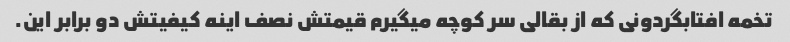
تخمه افتابگردونی که از بقالی سر کوچه میگیرم قیمتش نصف اینه کیفیتش دو برابر این.